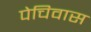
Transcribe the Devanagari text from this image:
पेचिवास